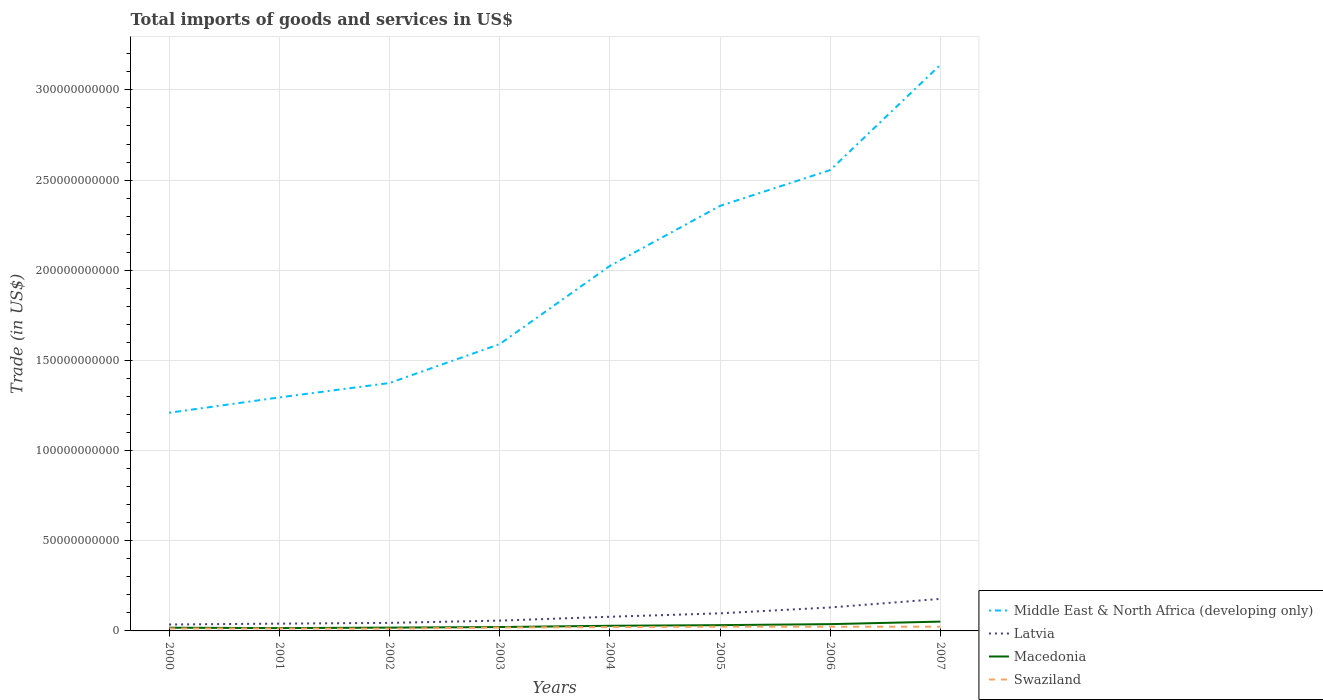
| Years | Middle East & North Africa (developing only) | Latvia | Macedonia | Swaziland |
 | --- | --- | --- | --- | --- |
 | 2000 | 1.21e+11 | 3.56e+09 | 1.78e+09 | 1.34e+09 |
 | 2001 | 1.29e+11 | 4.04e+09 | 1.57e+09 | 1.33e+09 |
 | 2002 | 1.37e+11 | 4.46e+09 | 1.82e+09 | 1.24e+09 |
 | 2003 | 1.59e+11 | 5.72e+09 | 2.15e+09 | 1.89e+09 |
 | 2004 | 2.02e+11 | 7.85e+09 | 2.85e+09 | 2.12e+09 |
 | 2005 | 2.36e+11 | 9.76e+09 | 3.19e+09 | 2.36e+09 |
 | 2006 | 2.56e+11 | 1.3e+10 | 3.76e+09 | 2.33e+09 |
 | 2007 | 3.14e+11 | 1.78e+10 | 5.17e+09 | 2.35e+09 |